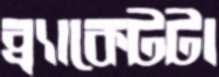
ব্র্যাকেটটা